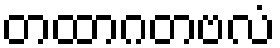
တထာဂတဗလံ